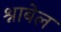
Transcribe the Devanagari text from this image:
श्नाबेल